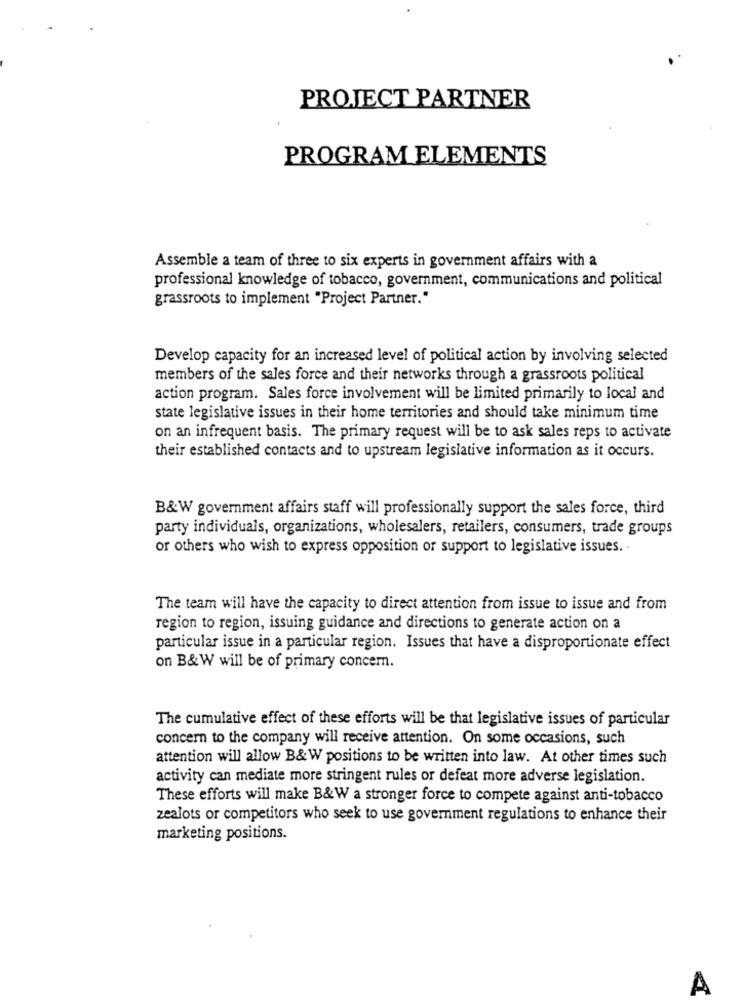
PROJECT PARTNER
PROGRAM ELEMENTS
Assemble a team of three to six experts in government affairs with a
professional knowledge of tobacco, government, communications and political
grassroots to implement "Project Partner."
Develop capacity for an increased level of political action by involving selected
members of the sales force and their networks through a grassroots political
action program. Sales force involvement will be limited primarily to local and
state legislative issues in their home territories and should take minimum time
on an infrequent basis. The primary request will be to ask sales reps to activate
their established contacts and to upstream legislative information as it occurs.
B&W government affairs staff will professionally support the sales force, third
party individuals, organizations, wholesalers, retailers, consumers, trade groups
or others who wish to express opposition or support to legislative issues ..
The team will have the capacity to direct attention from issue to issue and from
region to region, issuing guidance and directions to generate action on a
particular issue in a particular region. Issues that have a disproportionate effect
on B&W will be of primary concern.
The cumulative effect of these efforts will be that legislative issues of particular
concern to the company will receive attention. On some occasions, such
attention will allow B&W positions to be written into law. At other times such
activity can mediate more stringent rules or defeat more adverse legislation.
These efforts will make B&W a stronger force to compete against anti-tobacco
zealots or competitors who seek to use government regulations to enhance their
marketing positions.
A